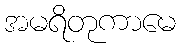
အမရိတုကာမေ